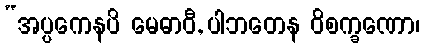
“အပ္ပကေနပိ မေဓာဝီ, ပါဘတေန ဝိစက္ခဏော၊